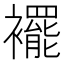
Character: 襬